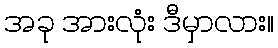
အခု အားလုံး ဒီမှာလား။